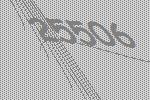
25506